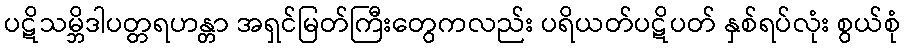
ပဋိသမ္ဘိဒါပတ္တရဟန္တာ အရှင်မြတ်ကြီးတွေကလည်း ပရိယတ်ပဋိပတ် နှစ်ရပ်လုံး စွယ်စုံ